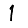
Digit: 1